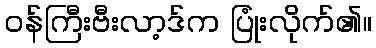
ဝန်ကြီးဗီးလာ့ဒ်က ပြုံးလိုက်၏။